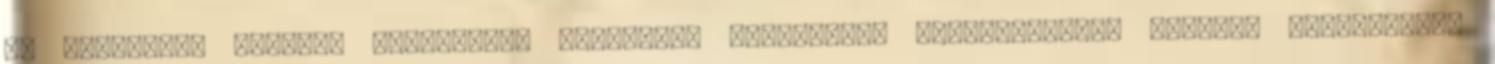
év Szükséges iskolai végzettség Főiskolai végzettség Víz-gáz-fűtés szerelő Dinamikusan